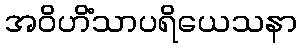
အဝိဟိံသာပရိယေသနာ